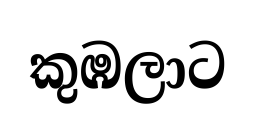
කුඹලාට